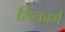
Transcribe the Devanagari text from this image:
शिनबर्ग